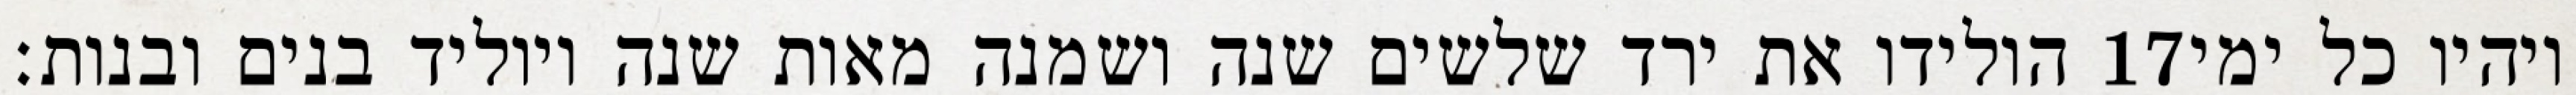
הולידו את ירד שלשים שנה ושמנה מאות שנה ויוליד בנים ובנות׃ ‎17‏ ויהיו כל ימי